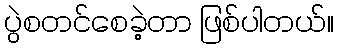
ပွဲစတင်စေခဲ့တာ ဖြစ်ပါတယ်။